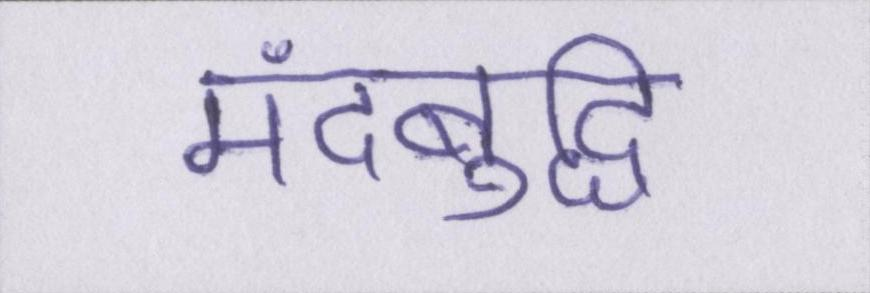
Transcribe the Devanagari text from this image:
मंदबुद्धि